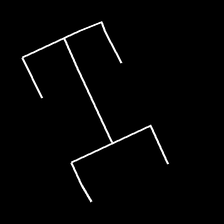
Glyph: entwine